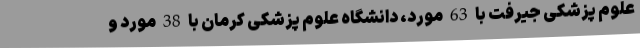
علوم پزشکی جیرفت با 63 مورد، دانشگاه علوم پزشکی کرمان با 38 مورد و